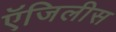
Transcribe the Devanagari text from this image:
ऍजिलीस